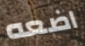
اضعه